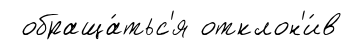
обраща́тьс'я отклон'и́в